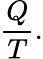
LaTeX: {}{\frac{Q}{T}}.